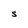
Character: S